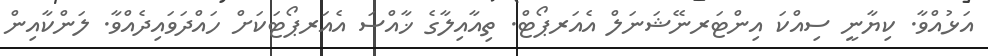
އަޅުއްވާ. ކިޔާނީ ސިއްކަ އިންޓަރނޭޝަނަލް އެއަރޕޯޓް. ތިއާއިލާގެ ޚާއްސަ އެއަރޕޯޓަކަށް ހައްދަވައިދެއްވާ. ލަންކާއިން